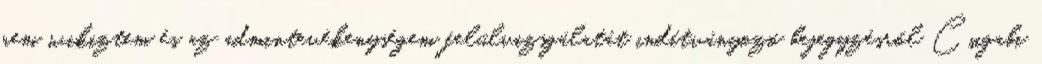
nem wikiztem és az admintevékenységem felülvizsgálatát indítványozó bejegyzésről Csigabi